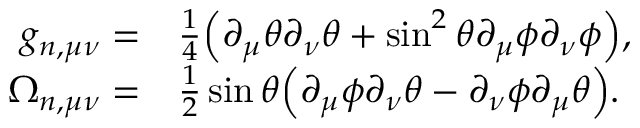
\begin{array} { r l } { g _ { n , \mu \nu } = } & { { } \frac { 1 } { 4 } \Big ( \partial _ { \mu } \theta \partial _ { \nu } \theta + \sin ^ { 2 } \theta \partial _ { \mu } \phi \partial _ { \nu } \phi \Big ) , } \\ { \Omega _ { n , \mu \nu } = } & { { } \frac { 1 } { 2 } \sin \theta \Big ( \partial _ { \mu } \phi \partial _ { \nu } \theta - \partial _ { \nu } \phi \partial _ { \mu } \theta \Big ) . } \end{array}